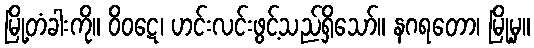
မြို့တံခါးကို။ ဝိဝဋေ၊ ဟင်းလင်းဖွင့်သည်ရှိသော်။ နဂရတော၊ မြို့မှ။